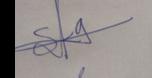
Signature authenticity: genuine